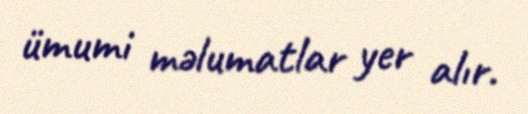
ümumi məlumatlar yer alır.